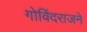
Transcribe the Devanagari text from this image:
गोविंदराजने